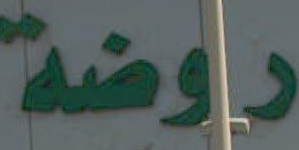
روضة